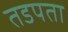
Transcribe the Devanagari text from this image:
तडपता